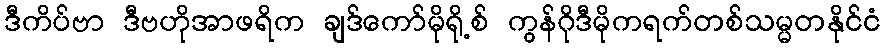
ဒီကိပ်ဗာ ဒီဗဟိုအာဖရိက ချဒ်ကော်မိုရို့စ် ကွန်ဂိုဒီမိုကရက်တစ်သမ္မတနိုင်ငံ